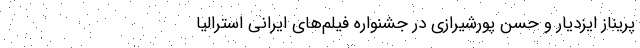
پریناز ایزدیار و حسن پورشیرازی در جشنواره فیلم‌های ایرانی استرالیا